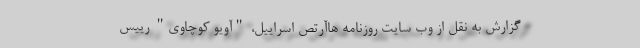
گزارش به نقل از وب سایت روزنامه هاآرتص اسراییل، "آویو کوچاوی" رییس